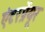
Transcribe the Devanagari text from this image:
एंटरप्रेंयूर